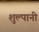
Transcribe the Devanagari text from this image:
शुल्पानी